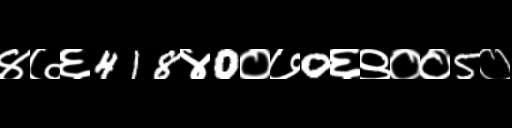
Text: ४७६418४0०७0६९००5०